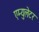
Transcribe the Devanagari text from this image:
एम्युलेटर